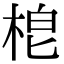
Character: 梎